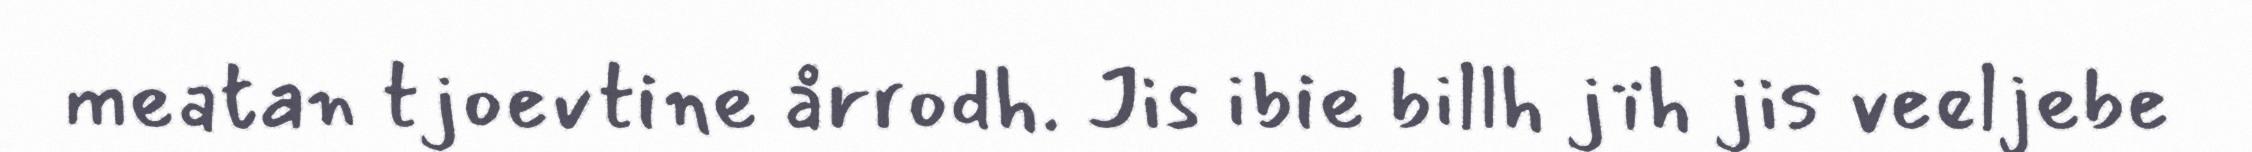
meatan tjoevtine årrodh. Jis ibie billh jïh jis veeljebe